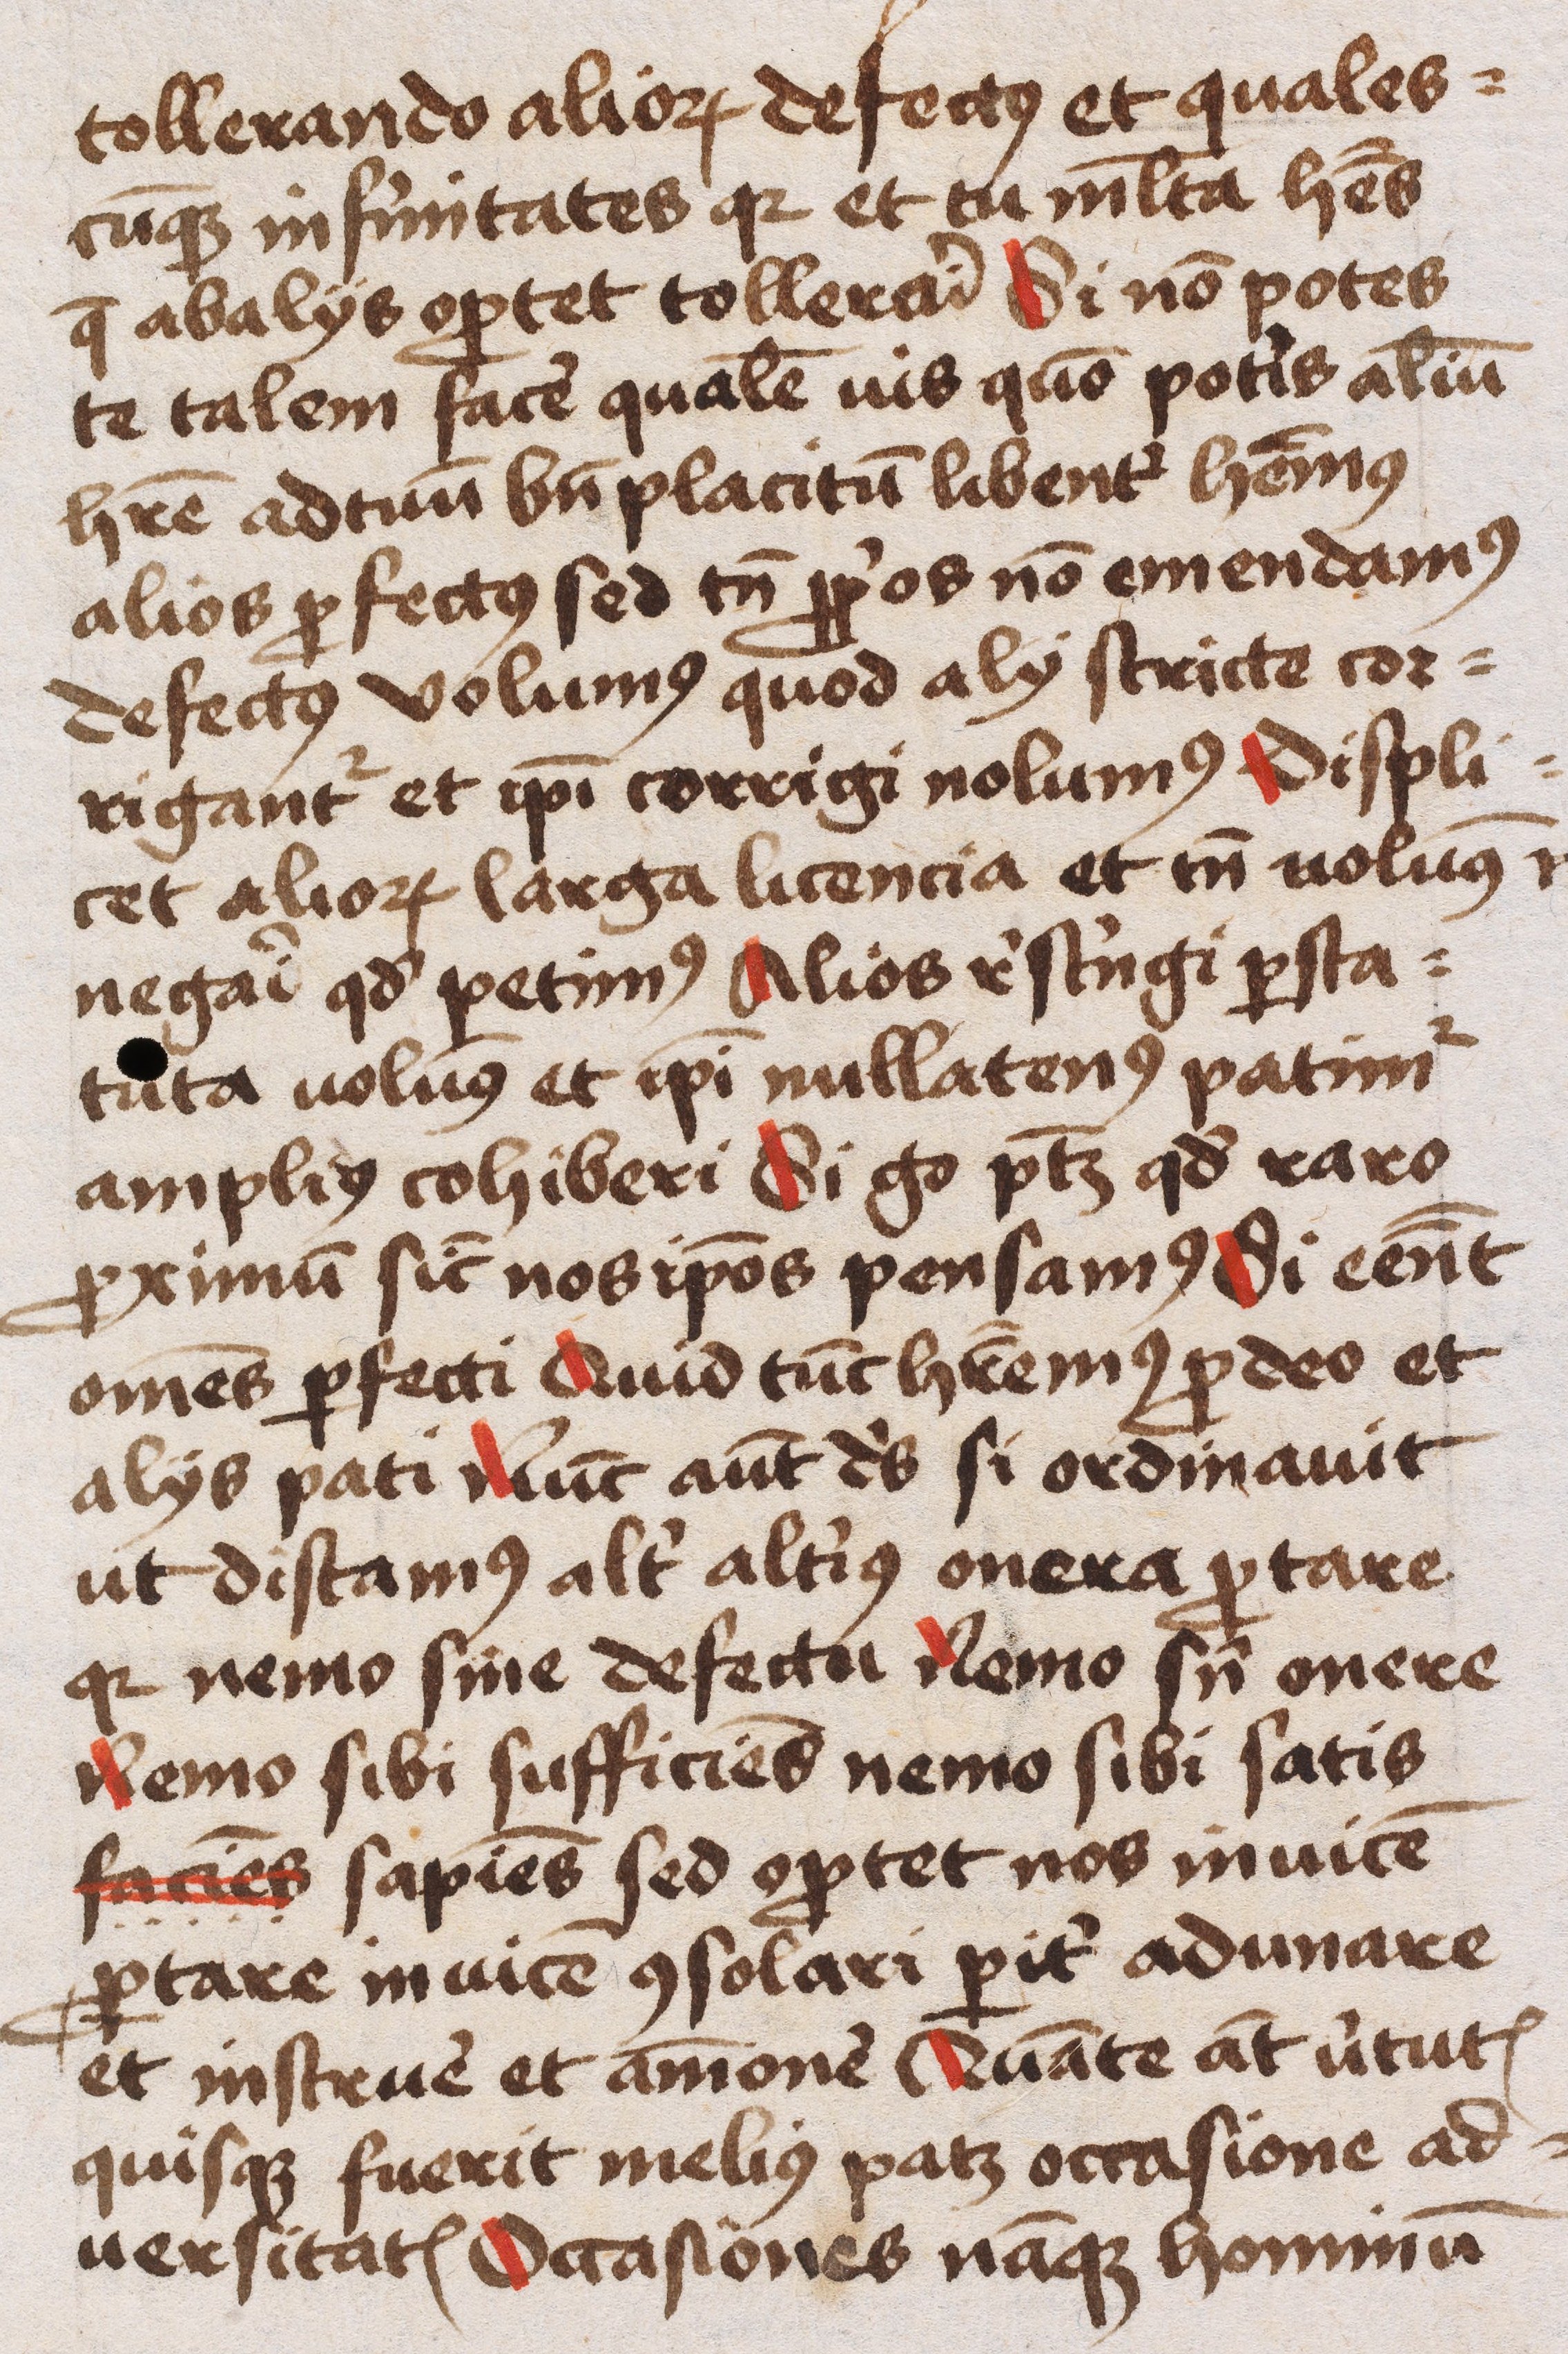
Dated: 1445–1455